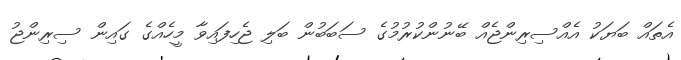
އެތައް ބަޔަކު އެއްސިރިންޖެއް ބޭނުންކުރުމުގެ ސަބަބުން ބަލި ޖެހިފައިވާ މީހެއްގެ ގައިން ސިރިންޖު